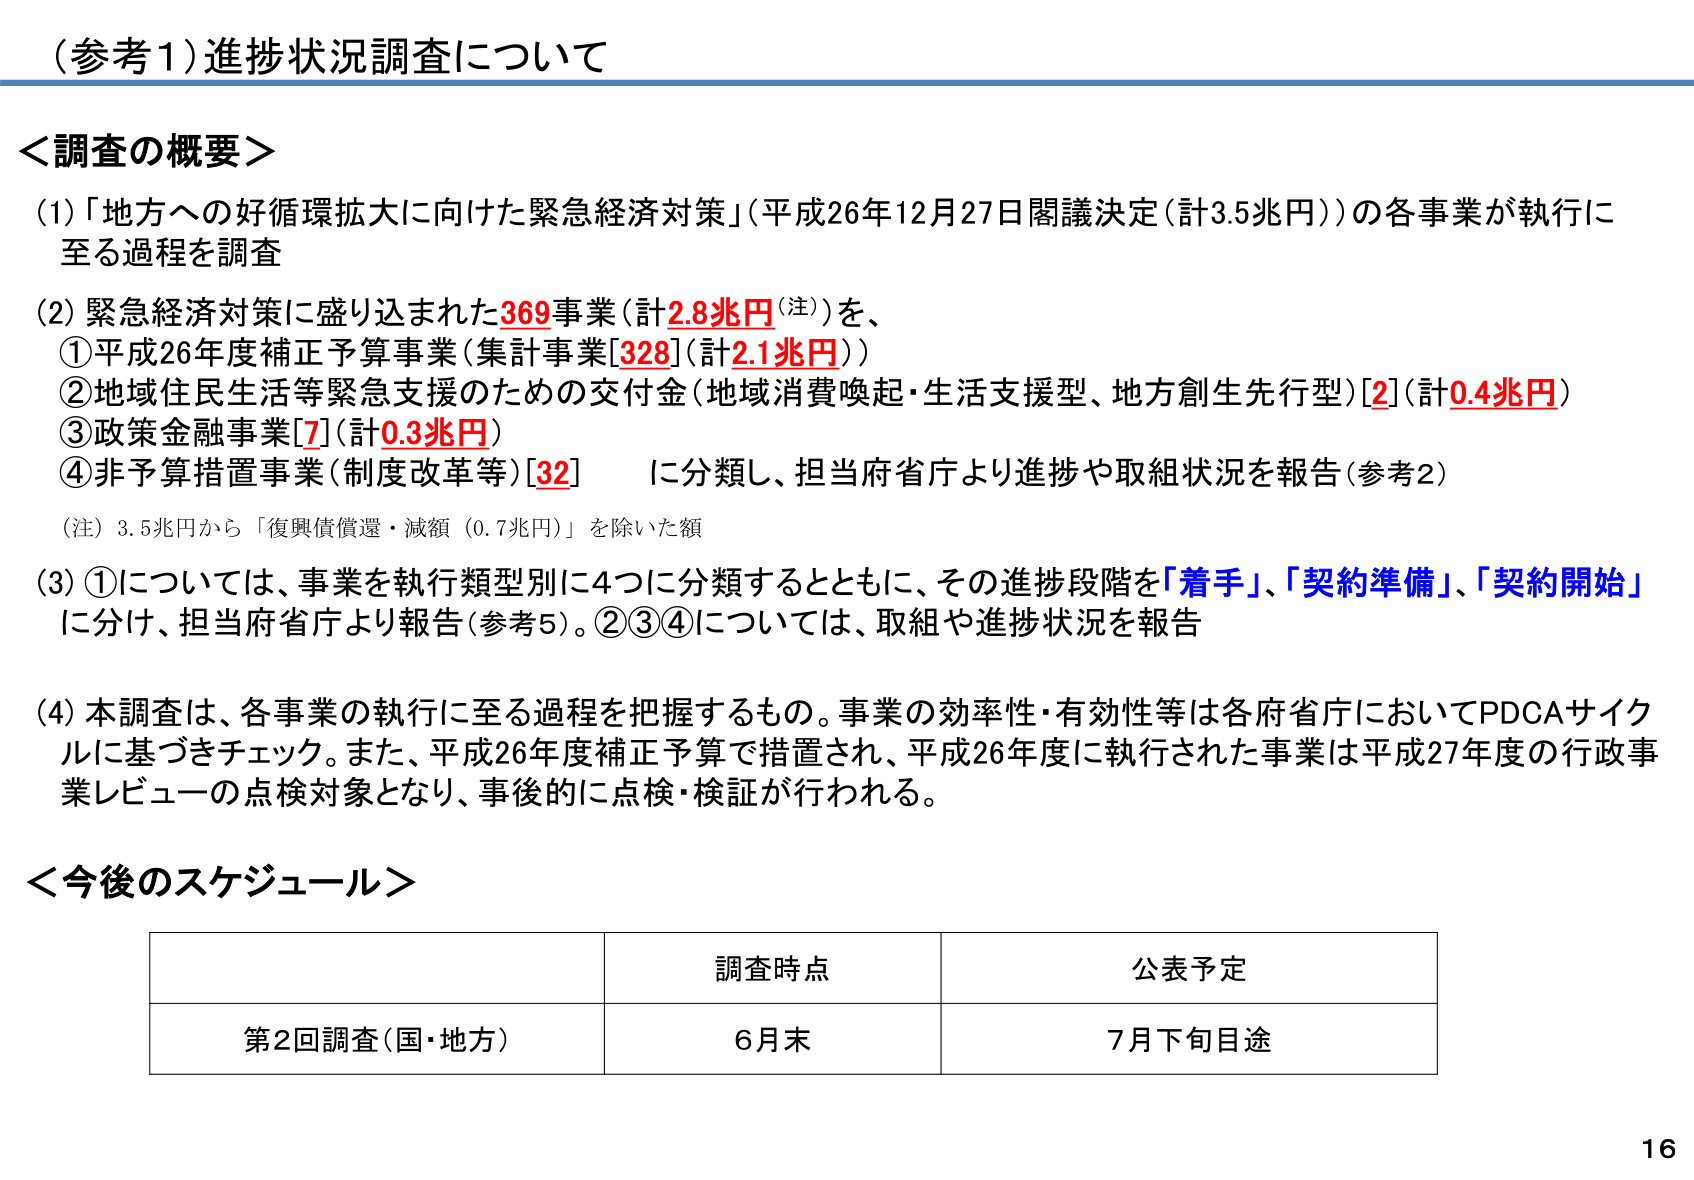
（参考1）進捗状況調査について

＜調査の概要＞
(1)「地方への好循環拡大に向けた緊急経済対策」（平成26年12月27日閣議決定（計3.5兆円））の各事業が執行に至る過程を調査
(2) 緊急経済対策に盛り込まれた369事業（計2.8兆円（注））を、
　①平成26年度補正予算事業（集計事業[328]（計2.1兆円））
　②地域住民生活等緊急支援のための交付金（地域消費喚起・生活支援型、地方創生先行型）[2]（計0.4兆円）
　③政策金融事業[7]（計0.3兆円）
　④非予算措置事業（制度改革等）[32]　に分類し、担当府省庁より進捗や取組状況を報告（参考2）
　（注）3.5兆円から「復興債償還・減額（0.7兆円）」を除いた額
(3) ①については、事業を執行類型別に4つに分類するとともに、その進捗段階を「着手」、「契約準備」、「契約開始」に分け、担当府省庁より報告（参考5）。②③④については、取組や進捗状況を報告
(4) 本調査は、各事業の執行に至る過程を把握するもの。事業の効率性・有効性等は各府省庁においてPDCAサイクルに基づきチェック。また、平成26年度補正予算で措置され、平成26年度に執行された事業は平成27年度の行政事業レビューの点検対象となり、事後的に点検・検証が行われる。

＜今後のスケジュール＞
　　　　　　　　　　　　　　　　　調査時点　　　　　　　　公表予定
　　　　　　　　　　　　　　　　　6月末　　　　　　　　7月下旬目途
　　　　　　　　　　　　　　　　　第2回調査（国・地方）

16